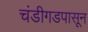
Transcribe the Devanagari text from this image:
चंडीगडपासून